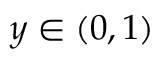
y \in ( 0 , 1 )